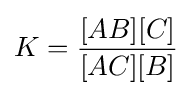
K={\frac {[AB][C]}{[AC][B]}}